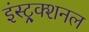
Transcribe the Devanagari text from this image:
इंस्ट्र्क्शनल